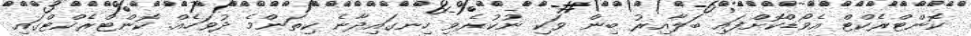
ކޮންޓްރެކްޓް އެވޯޑްކޮށްފައި ބަލާއިރު ބިން ވަކި ނުކުރެވި ހިނގައިދާނެ ކިތަންމެ ދުވަހެއް. ކޮންޓްރެކްޓްގައި